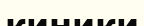
киники